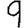
Digit: 9